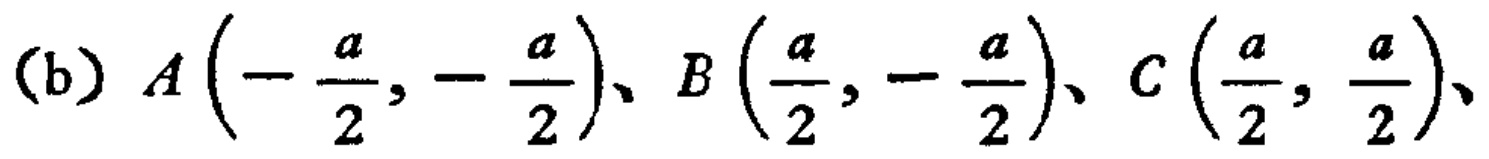
(b) \(A\left(-\frac{a}{2},-\frac{a}{2}\right)\)、\(B\left(\frac{a}{2},-\frac{a}{2}\right)\)、\(C\left(\frac{a}{2},\frac{a}{2}\right)\)、